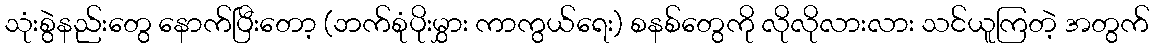
သုံးစွဲနည်းတွေ နောက်ပြီးတော့ (ဘက်စုံပိုးမွှား ကာကွယ်ရေး) စနစ်တွေကို လိုလိုလားလား သင်ယူကြတဲ့ အတွက်